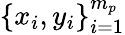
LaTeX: \{ x_{i},y_{i}\} _{i=1}^{m_{p}}